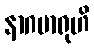
နာဂမာရုဟိ